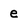
Character: e